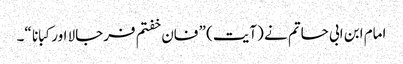
امام ابن ابی حاتم نے (آیت) ” فان خفتم فرجالا اور کبانا “۔